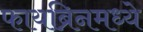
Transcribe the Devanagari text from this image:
फायब्रिनमध्ये